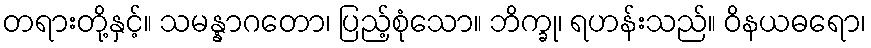
တရားတို့နှင့်။ သမန္နာဂတော၊ ပြည့်စုံသော။ ဘိက္ခု၊ ရဟန်းသည်။ ဝိနယဓရော၊